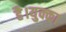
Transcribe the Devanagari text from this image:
है।युक्का